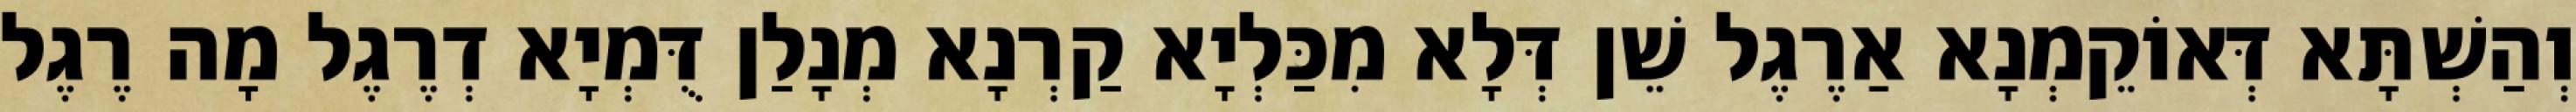
וְהַשְׁתָּא דְּאוֹקֵמְנָא אַרֶגֶל שֵׁן דְּלָא מִכַּלְיָא קַרְנָא מְנָלַן דֻּמְיָא דְרֶגֶל מָה רֶגֶל